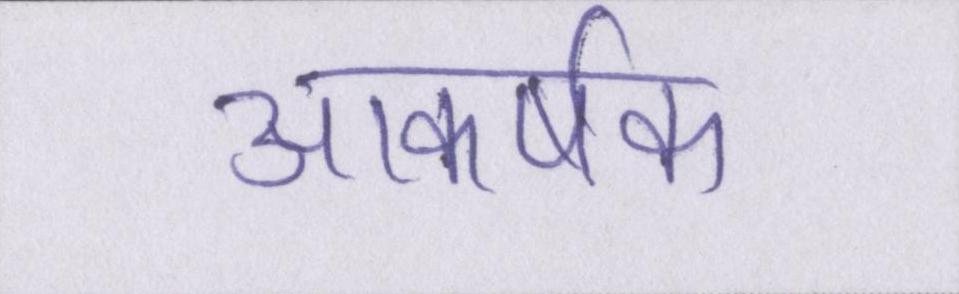
आकर्षक